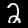
Label: 2